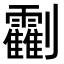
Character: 𠠰